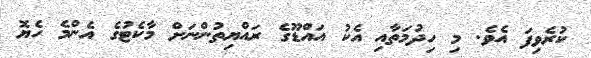
ކުރެވިފަ އެވެ. މި ހިދުމަތާއި އެކު އައްޑޫގެ ރައްޔިތުންނަށް މާކެޓުގެ އެންމެ ހެޔޮ